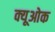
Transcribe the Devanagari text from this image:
क्यूओक